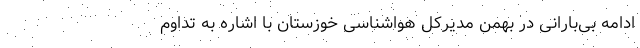
ادامه بی‌بارانی در بهمن مدیرکل هواشناسی خوزستان با اشاره به تداوم